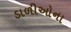
ડાળીઓના